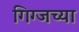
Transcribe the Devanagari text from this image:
गिग्जच्या